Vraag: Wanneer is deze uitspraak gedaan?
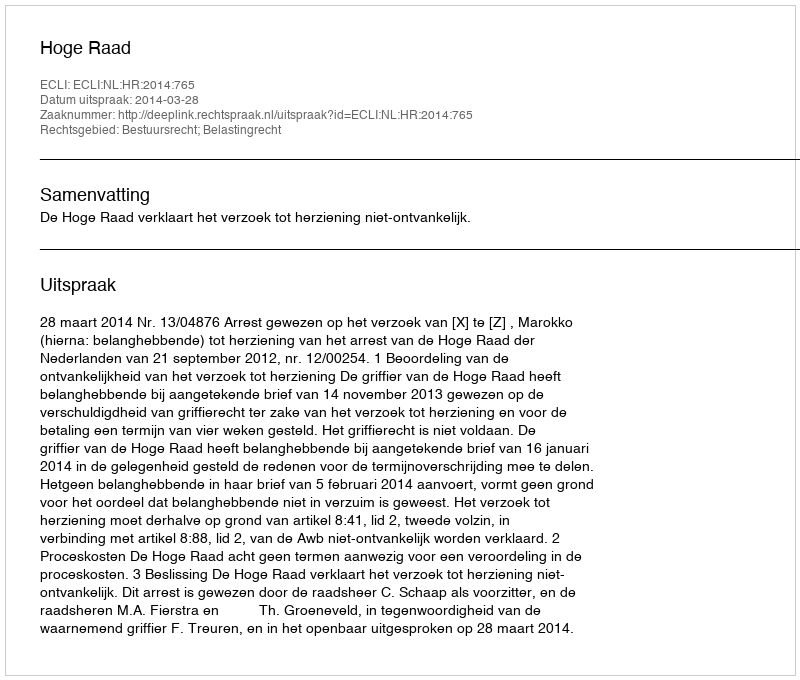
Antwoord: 2014-03-28